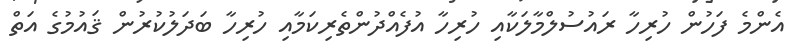
އެންމެ ފަހުން ހުރިހާ ރައުސުލްމާލަކާއި ހުރިހާ އުފެއްދުންތެރިކަމާއި ހުރިހާ ބަދަލުކުރުން ޤައުމުގެ އަތް